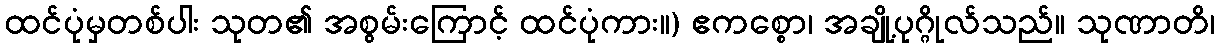
ထင်ပုံမှတစ်ပါး သုတ၏ အစွမ်းကြောင့် ထင်ပုံကား။) ဧကစ္စော၊ အချို့ပုဂ္ဂိုလ်သည်။ သုဏာတိ၊